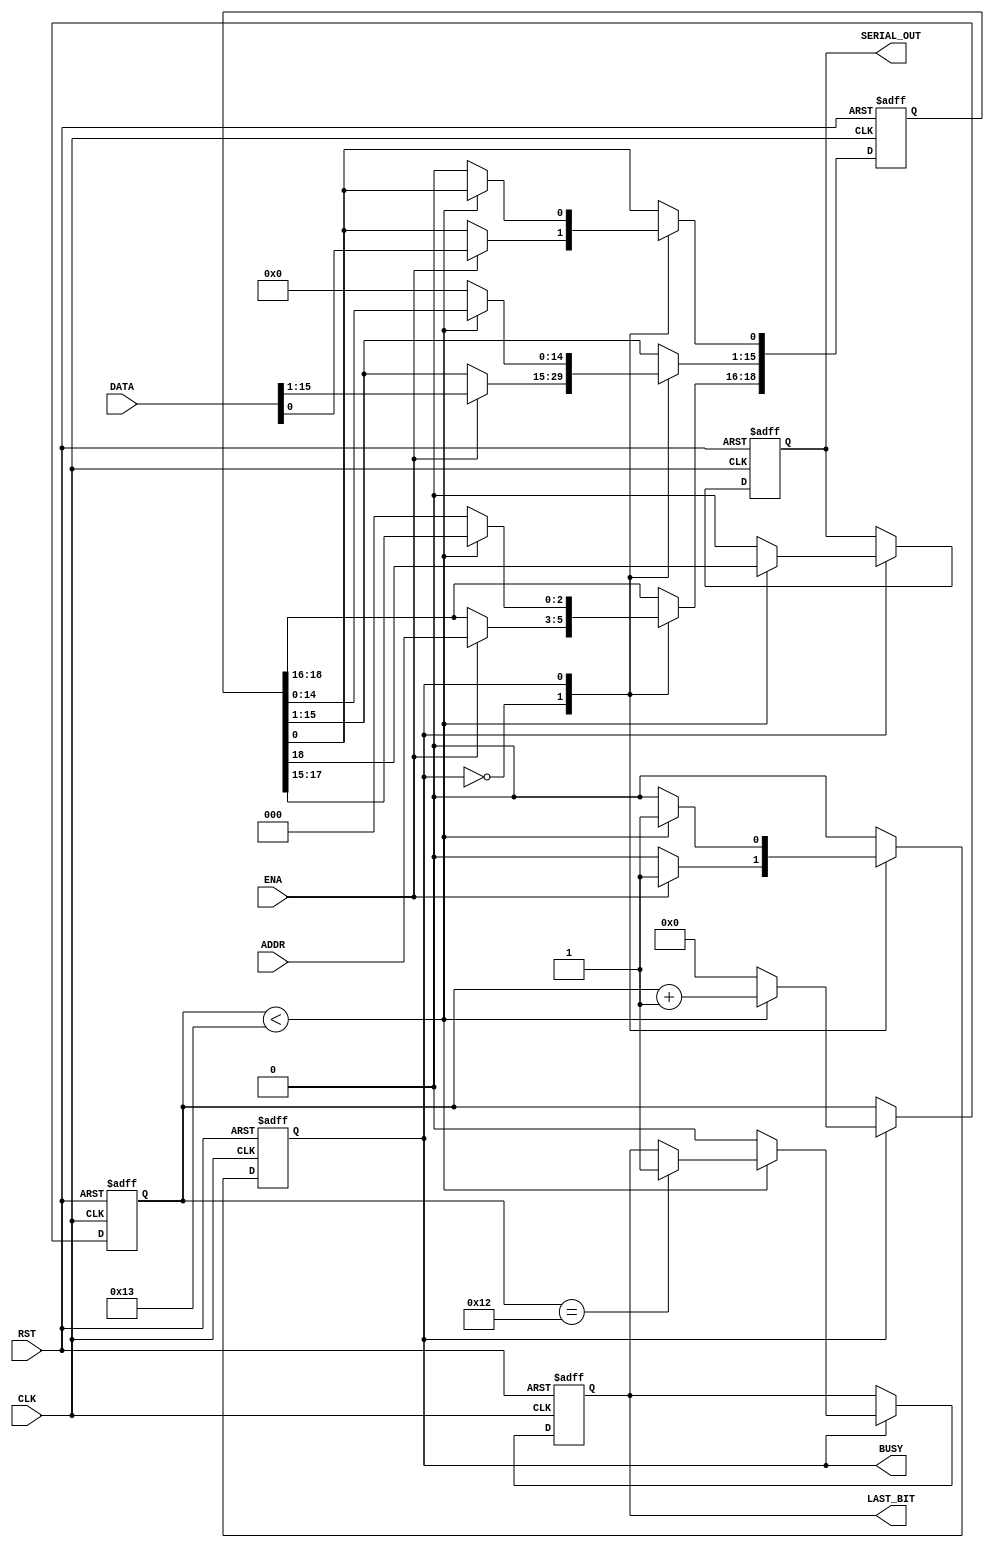
module serializer(
input CLK,
input RST,
input [2:0] ADDR,
input [15:0] DATA,
input ENA,
output reg SERIAL_OUT,
output reg LAST_BIT,
output BUSY
);

assign BUSY = (machine_state == send);

reg machine_state;
parameter wait_for_word	= 1'b0;
parameter send				= 1'b1;

reg [18:0] shift_reg_out;
reg [4:0] counter;
always@(posedge CLK or negedge RST)
begin
if(!RST)
	begin
	machine_state <= wait_for_word;
	shift_reg_out <= 0;
	counter <= 0;
	LAST_BIT <= 0;
	SERIAL_OUT <= 0;
	end
else
	case(machine_state)
	wait_for_word:
		begin
		if(ENA)
			begin
			shift_reg_out[18:16] <= ADDR;
			shift_reg_out[15:0] <= DATA;
			machine_state <= send;
			end
		end
	send:
		begin
		SERIAL_OUT <= shift_reg_out[18];
		shift_reg_out[18:1] <= shift_reg_out[17:0];
		if(counter < 5'd19)
			begin
			counter <= counter + 1'b1;
			if(counter == 5'd18)
				LAST_BIT <= 1;
			end
		else
			begin
			counter <= 0;
			machine_state <= wait_for_word;
			LAST_BIT <= 0;
			SERIAL_OUT <= 0;
			shift_reg_out <= 0;
			end
		end
	endcase
end

endmodule